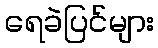
ရေခဲပြင်များ